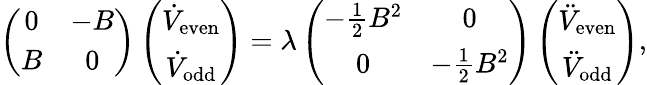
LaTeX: \left(\begin{array}{cc}{{0}}&{{-B}}\\ {{B}}&{{0}}\end{array}\right)\left(\begin{array}{c}{{\dot{V}_{\mathrm{even}}}}\\ {{\dot{V}_{\mathrm{odd}}}}\end{array}\right)=\lambda\left(\begin{array}{cc}{{-{\frac{1}{2}}B^{2}}}&{{0}}\\ {{0}}&{{-{\frac{1}{2}}B^{2}}}\end{array}\right)\left(\begin{array}{c}{{\ddot{V}_{\mathrm{even}}}}\\ {{\ddot{V}_{\mathrm{odd}}}}\end{array}\right),